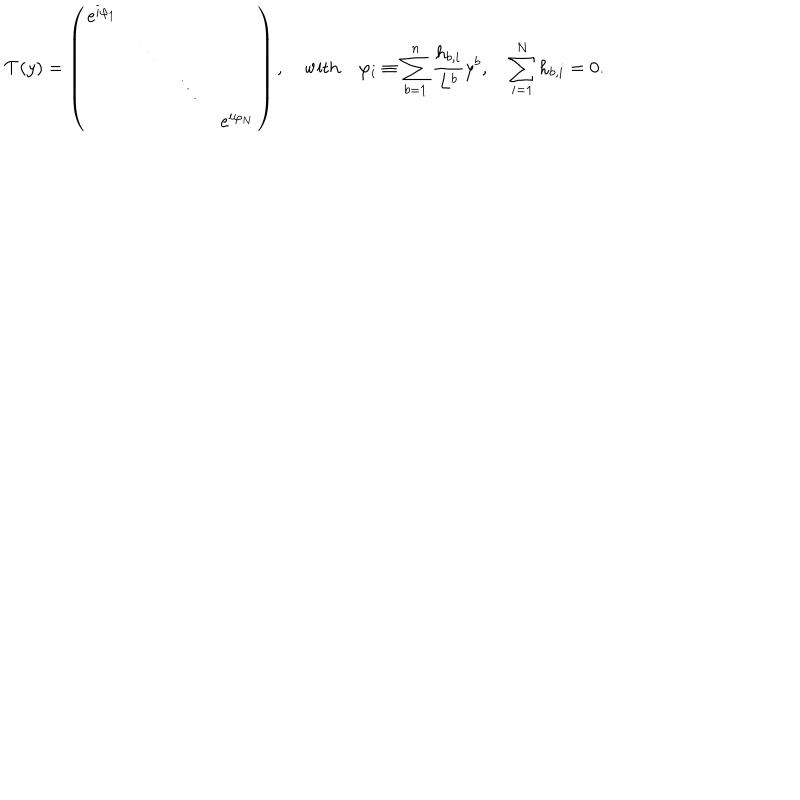
LaTeX: { \cal T } ( y ) = \left( \begin{array} { c c c c } { { \mathrm { e } ^ { i \varphi _ { 1 } } } } & { { } } & { { } } & { { } } \\ { { } } & { { \ddots } } & { { } } & { { } } \\ { { } } & { { } } & { { \ddots } } & { { } } \\ { { } } & { { } } & { { } } & { { \mathrm { e } ^ { i \varphi _ { N } } } } \\ \end{array} \right) , \quad \mathrm { w i t h } \quad \varphi _ { i } \equiv \sum _ { b = 1 } ^ { n } { \frac { h _ { b , i } } { L ^ { b } } } y ^ { b } , \quad \sum _ { i = 1 } ^ { N } h _ { b , i } = 0 .